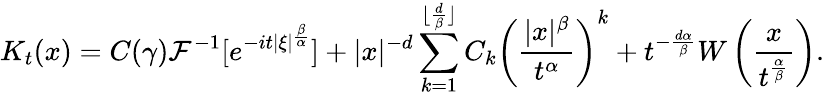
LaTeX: K_{t}(x)=C(\gamma)\mathcal{F}^{-1}[e^{-it|\xi|^{\frac{\beta}{\alpha}}}]+|x|^{-d}\sum_{k=1}^{\lfloor\frac{d}{\beta}\rfloor}C_{k}\left(\frac{|x|^{\beta}}{t^{\alpha}}\right)^{k}+t^{-\frac{d\alpha}{\beta}}W\left(\frac{x}{t^{\frac{\alpha}{\beta}}}\right).